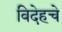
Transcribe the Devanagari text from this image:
विदेहचे